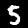
Label: 5